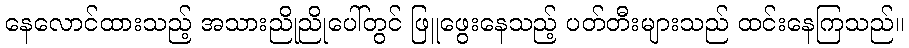
နေလောင်ထားသည့် အသားညိုညိုပေါ်တွင် ဖြူဖွေးနေသည့် ပတ်တီးများသည် ထင်းနေကြသည်။